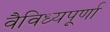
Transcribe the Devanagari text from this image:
वैविध्यपूर्णा